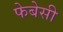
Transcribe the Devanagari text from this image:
फेबेसी